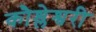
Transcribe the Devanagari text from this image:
कौश्लेश्वरी